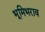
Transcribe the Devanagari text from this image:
भूमिभराव